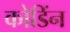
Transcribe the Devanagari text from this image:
कोडिंन